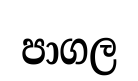
පාගල